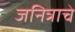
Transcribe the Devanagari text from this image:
जनित्राचे